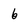
Character: 6